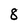
Character: 8